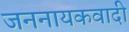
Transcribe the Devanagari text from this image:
जननायकवादी